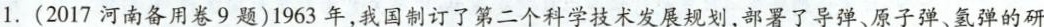
1.(2017河南备用卷9题)1963年，我国制订了第二个科学技术发展规划，部署了导弹、原子弹、氢弹的研